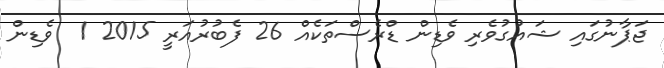
ޖަޕާނުގައި ޝައުގުވެރި ވެޑިން ޑްރެސްތަކެއް 26 ފެބުރުއަރީ 2015 1  ވެޑިން